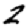
Digit: 2